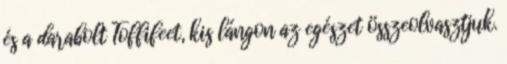
és a darabolt Toffifeet, kis lángon az egészet összeolvasztjuk.